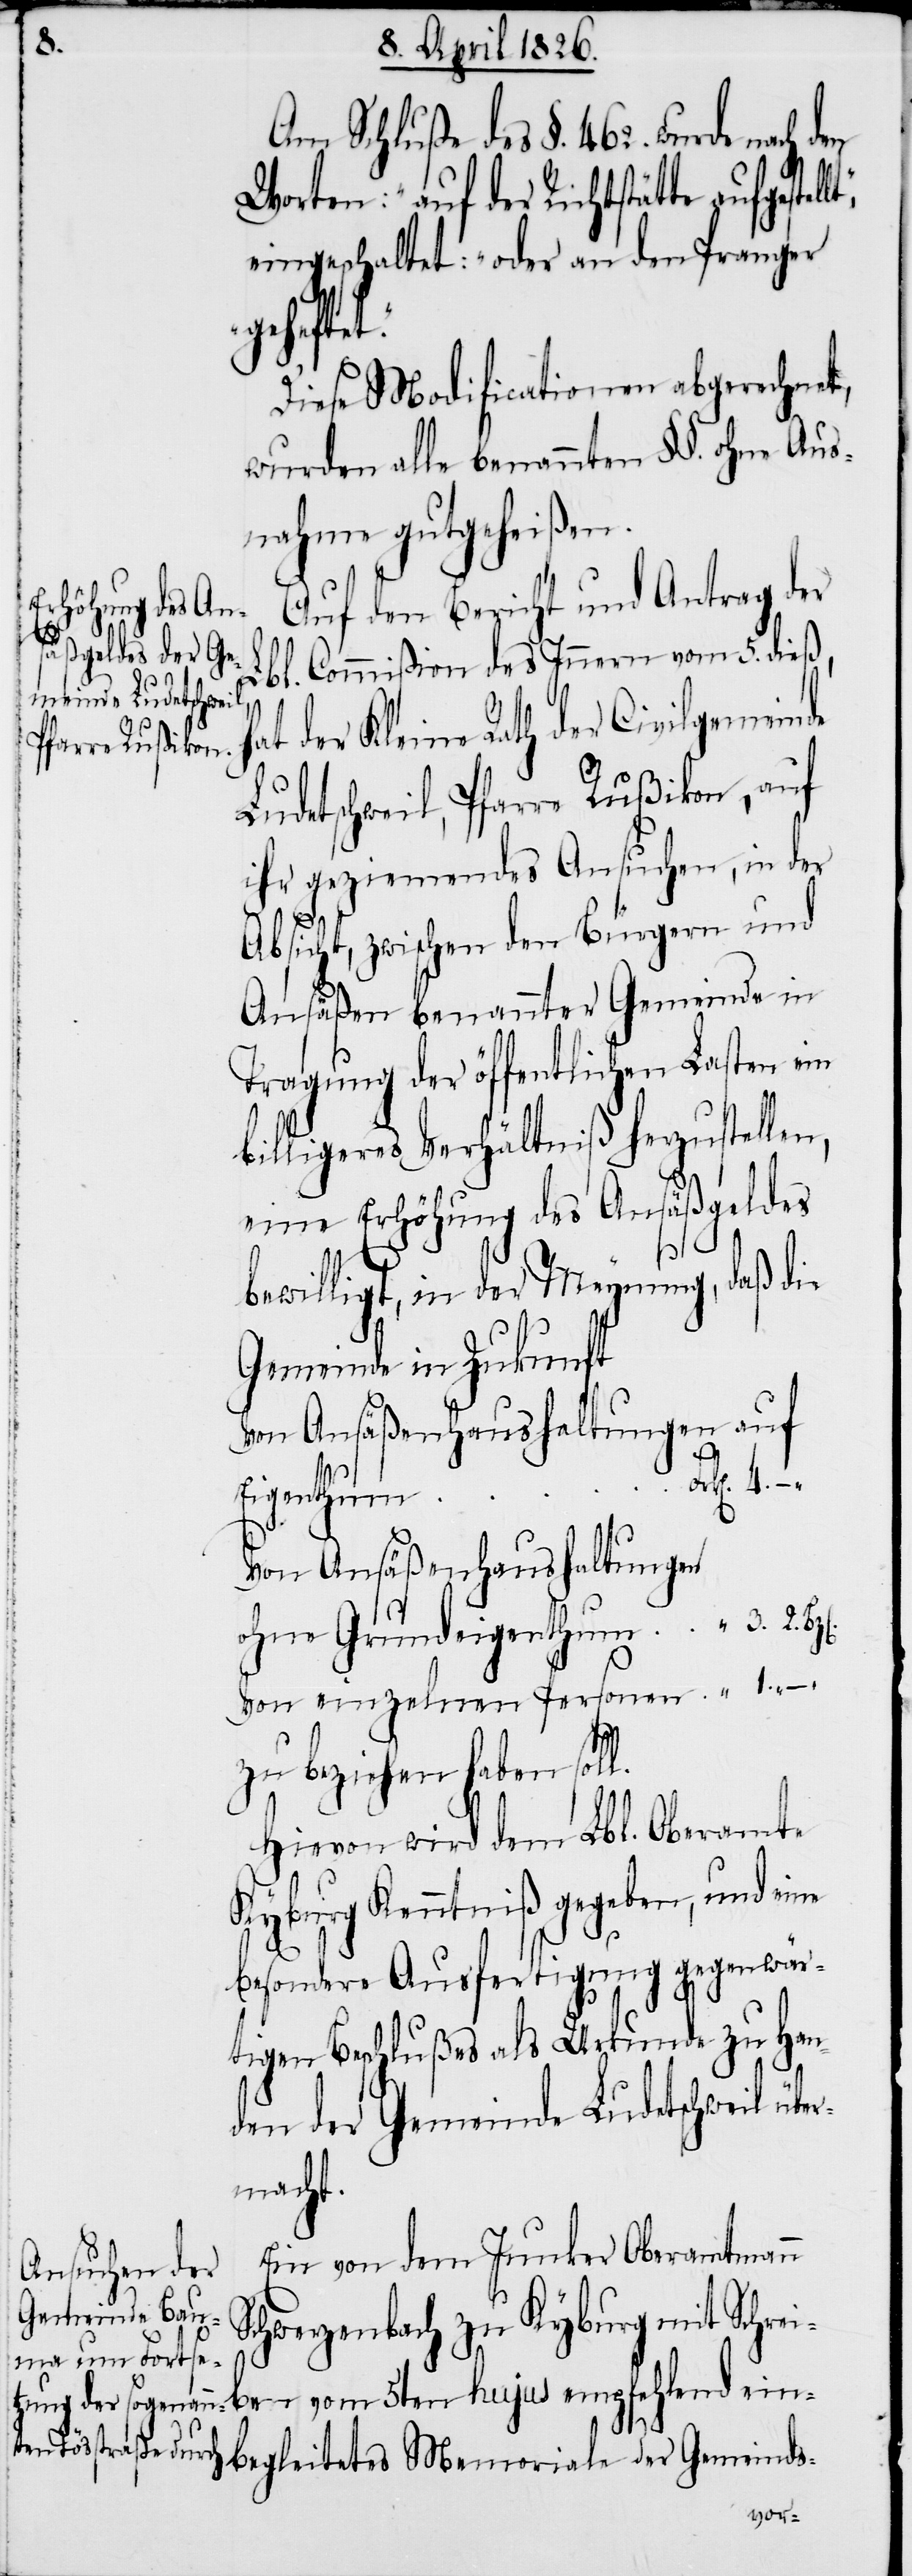
ben

Am Schluße des §. 462. wurde nach
Worten: „auf der Richtstätte
eingeschaltet: „oder an den Pranger
gehefte¬
Diese Modificationen abgerechnet,
wurden alle benannten §§. ohne Aus¬
nahme gutgeheißen.
Auf den Bericht und Antrag der
Lbl. Commißion des Innern vom 5. dieß,
at der Kleine Rath der Civilgemeinde
Ludetschweil, Pfarre Rußikon, auf
ihr geziemendes Ansuchen, in der
Absicht, zwischen den Bürgern und
Ansäßen benannter Gemeinde in
Tragung der öffentlichen Lasten ein
billigeres Verhältniß herzustellen,
eine Erhöhung des Ansäßgeldes
bewilligt, in der Meynung, daß die
Gemeinde in Zukunft
Von Ansäßenhaushaltungen auf
vom 5ten
Von Ansäßenhaushaltungen
ohne Grundeigenthum				 “	3. 2.
Von einzelnen Personen	.
zu beziehen haben soll.
Hievon wird dem Lbl. Oberamte
Kyburg Kenntniß gegeben, und eine
besondere Ausfertigung gegenwär¬
tigen Beschlußes als Urkunde zu Han¬
den der Gemeinde Ludetschweil übe¬
rmacht.
Ein von dem Junker Oberamtmann
Schwerzenbach zu Kyburg mit Schrei¬
empfehlend einbegleitetes Memoriale der Gemeinds-